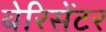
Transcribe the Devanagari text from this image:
बेरिसेंटर